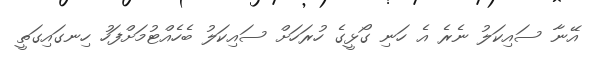
އޭނާ ސައިކަލު ނެރެ އެ ހަނި ގޯޅީގެ ހުރަހަށް ސައިކަލު ބެހެއްޓުމަށްފަހު ހިނގައިގަތީ